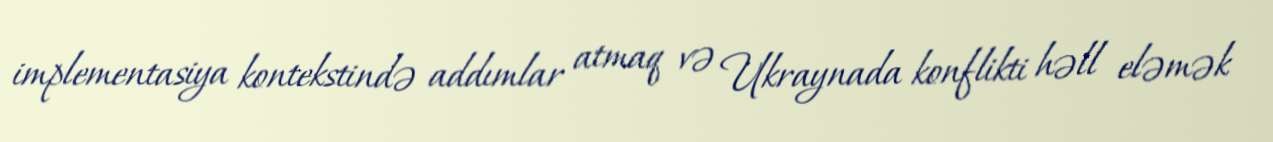
implementasiya kontekstində addımlar atmaq və Ukraynada konflikti həll eləmək